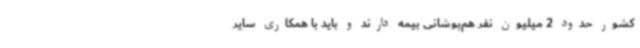
کشور حدود 2 میلیون نفر هم‌پوشانی بیمه دارند و باید با همکاری سایر